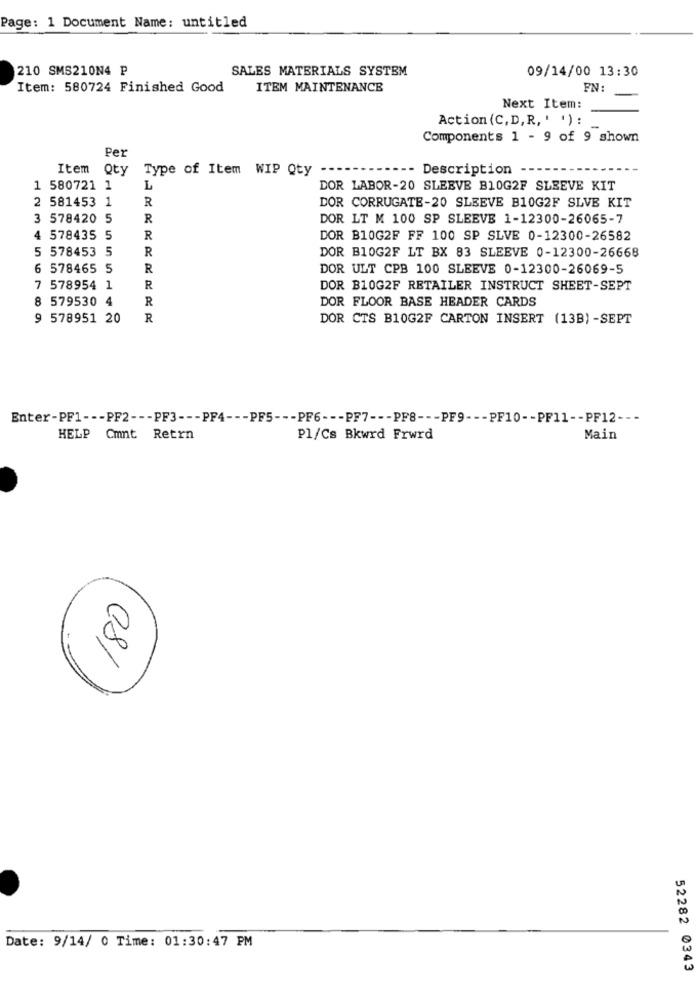
Page: 1 Document Name: untitled
210 SMS210N4 P
SALES MATERIALS SYSTEM
09/14/00 13:30
Item: 580724 Finished Good
ITEM MAINTENANCE
PN:
Next Item:
Action (C, D,R, ' ') :
Components 1 - 9 of 9 shown
Per
Item Qty
Type of Item WIP Qty
-- Description
1 580721 1
L
DOR LABOR-20 SLEEVE B10G2F SLEEVE KIT
2 581453 1
R
DOR CORRUGATE-20 SLEEVE B10G2F SLVE KIT
3 578420 5
R
DOR LT M 100 SP SLEEVE 1-12300-26065-7
4
578435 5
R
DOR B10G2F FF 100 SP SLVE 0-12300-26582
5 578453 5
R
DOR B10G2F LT BX 83 SLEEVE 0-12300-26668
6 578465 5
R
DOR ULT CPB 100 SLEEVE 0-12300-26069-5
7 578954 1
R
DOR B10G2F RETAILER INSTRUCT SHEET-SEPT
8 579530 4
R
DOR FLOOR BASE HEADER CARDS
9 578951 20
R
DOR CTS B10G2F CARTON INSERT (13B) -SEPT
Enter-PF1 --- PF2 --- PF3 --- PF4 --- PF5 --- PF6 --- PF7 --- PF8 --- PF9 --- PF10 -- PF11 -- PF12 ---
HELP Cmnt Retrn
Pl/Cs Bkwrd Frwrd
Main
08/
Date: 9/14/ 0 Time: 01:30:47 PM
52282 0343